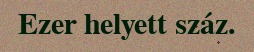
Ezer helyett száz.